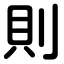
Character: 則